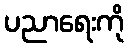
ပညာရေးကို